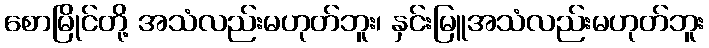
စောမြိုင်တို့ အသံလည်းမဟုတ်ဘူး၊ နှင်းမြူအသံလည်းမဟုတ်ဘူး